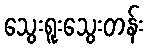
သွေးရူးသွေးတန်း